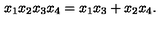
{ \binom { x _ { 1 } } { x _ { 2 } } } { \binom { x _ { 3 } } { x _ { 4 } } } = x _ { 1 } x _ { 3 } + x _ { 2 } x _ { 4 } .